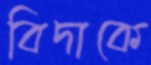
বিদাকে